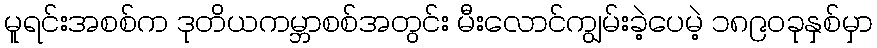
မူရင်းအစစ်က ဒုတိယကမ္ဘာစစ်အတွင်း မီးလောင်ကျွမ်းခဲ့ပေမဲ့ ၁၈၉၀ခုနှစ်မှာ